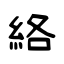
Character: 絡